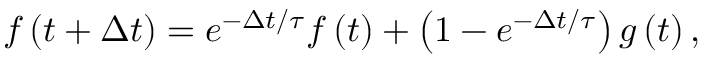
f \left( { t + \Delta t } \right) = e ^ { - \Delta t / \tau } f \left( t \right) + \left( { 1 - e ^ { - \Delta t / \tau } } \right) g \left( t \right) ,